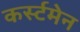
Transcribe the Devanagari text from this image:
कर्स्टमेन